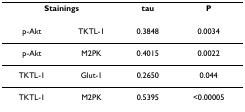
<table><thead><tr><td colspan="2"><b>Stainings</b></td><td><b>tau</b></td><td><b>P</b></td></tr></thead><tbody><tr><td>p-Akt</td><td>TKTL-1</td><td>0.3848</td><td>0.0034</td></tr><tr><td>p-Akt</td><td>M2PK</td><td>0.4015</td><td>0.0022</td></tr><tr><td>TKTL-1</td><td>Glut-1</td><td>0.2650</td><td>0.044</td></tr><tr><td>TKTL-1</td><td>M2PK</td><td>0.5395</td><td>&lt;0.00005</td></tr></tbody></table>